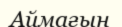
Аймағын